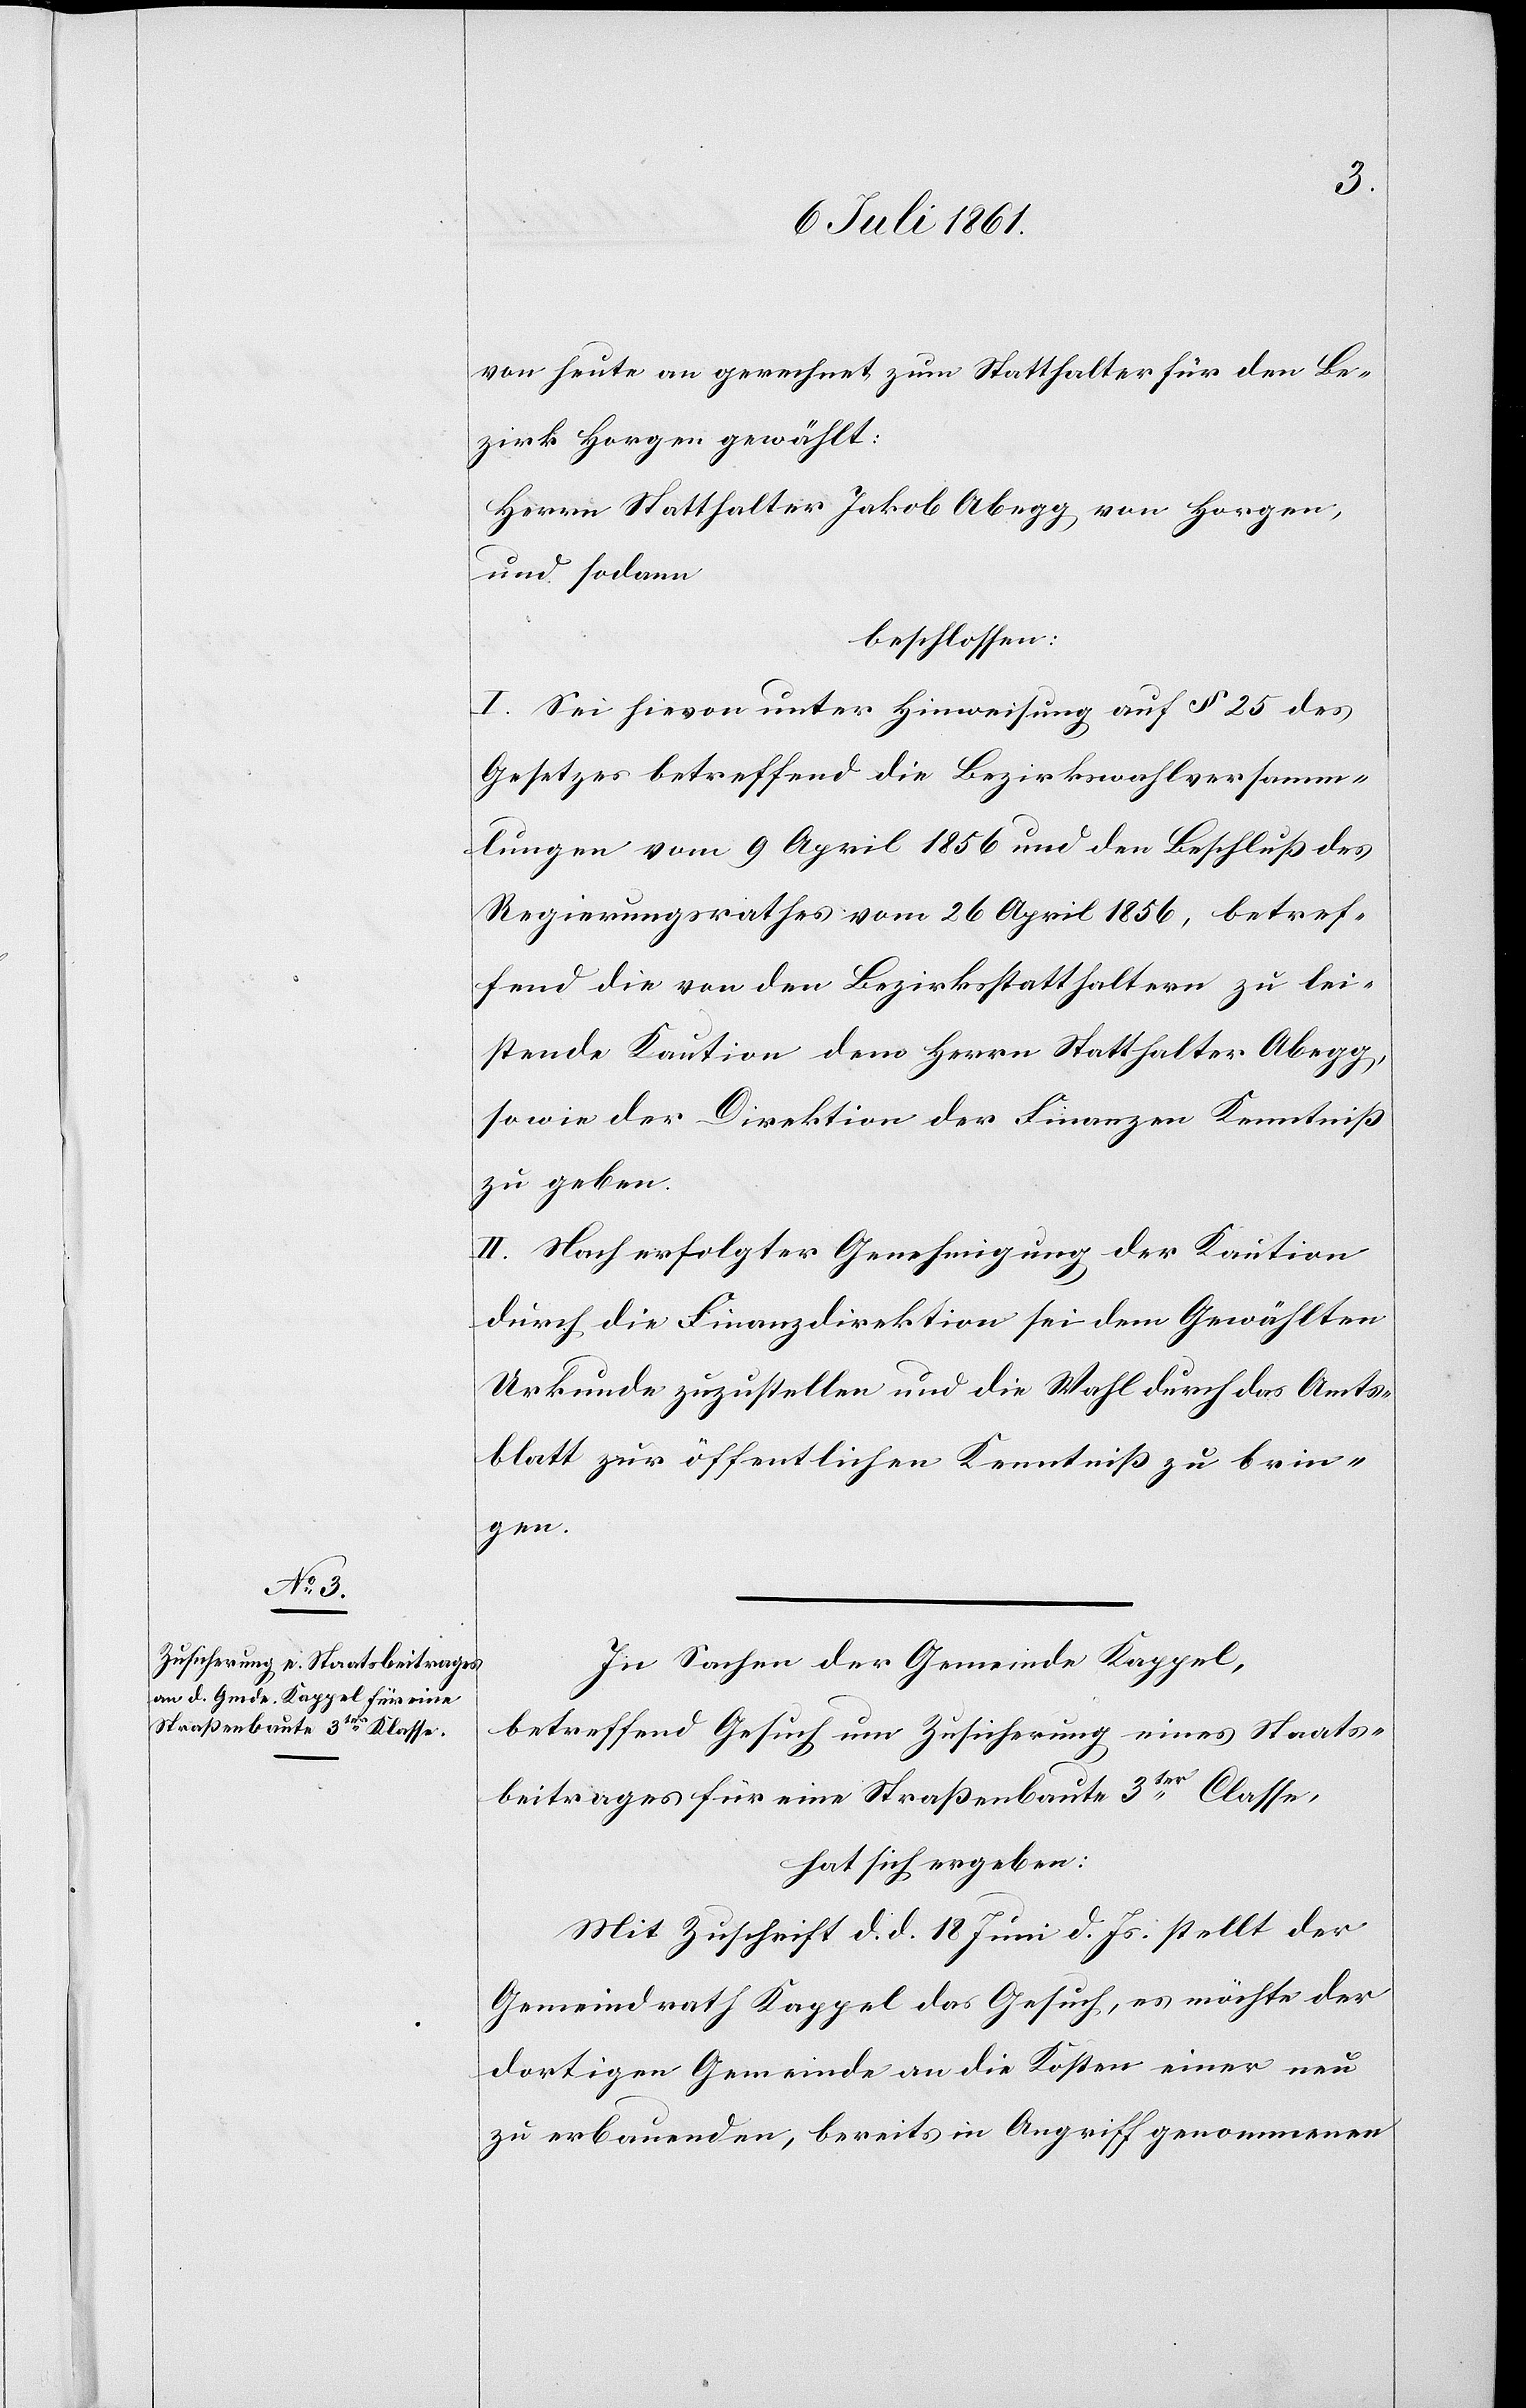
von heute an gerechnet zum Statthalter für den Be¬
zirk Horgen gewählt:
Herrn Statthalter Jakob Abegg von Horgen,
und sodann
beschlossen:
I. Sei hievon unter Hinweisung auf § 25 des
Gesetzes betreffend die Bezirkswahlversamm¬
lungen vom 9 April 1856 und den Beschluß des
Regierungsrathes vom 26 April 1856, betref¬
fend die von den Bezirksstatthaltern zu lei¬
stende Kaution dem Herrn Statthalter Abegg,
sowie der Direktion der Finanzen Kenntniß
zu geben.
II. Nach erfolgter Genehmigung der Kaution
durch die Finanzdirektion sei dem Gewählten
Urkunde zuzustellen und die Wahl durch das Amts¬
blatt zur öffentlichen Kenntniß zu brin¬
gen.
In Sachen der Gemeinde Kappel,
betreffend Gesuch um Zusicherung eines Staats¬
beitrages für eine Straßenbaute 3ter Classe,
hat sich ergeben:
Mit Zuschrift d. d. 18 Juni d. Js. stellt der
Gemeindrath Kappel das Gesuch, es möchte der
dortigen Gemeinde an die Kosten einer neu
zu erbauenden, bereits in Angriff genommenen